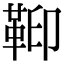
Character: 𩊕